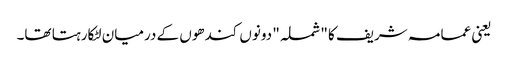
یعنی عمامہ شریف کا "شملہ" دونوں کندھوں کے درمیان لٹکارہتا تھا۔